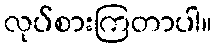
လုပ်စားကြတာပါ။